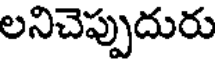
లనిచెప్పుదురు